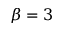
\beta = 3